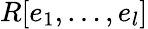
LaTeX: R[e_{1},\ldots,e_{l}]